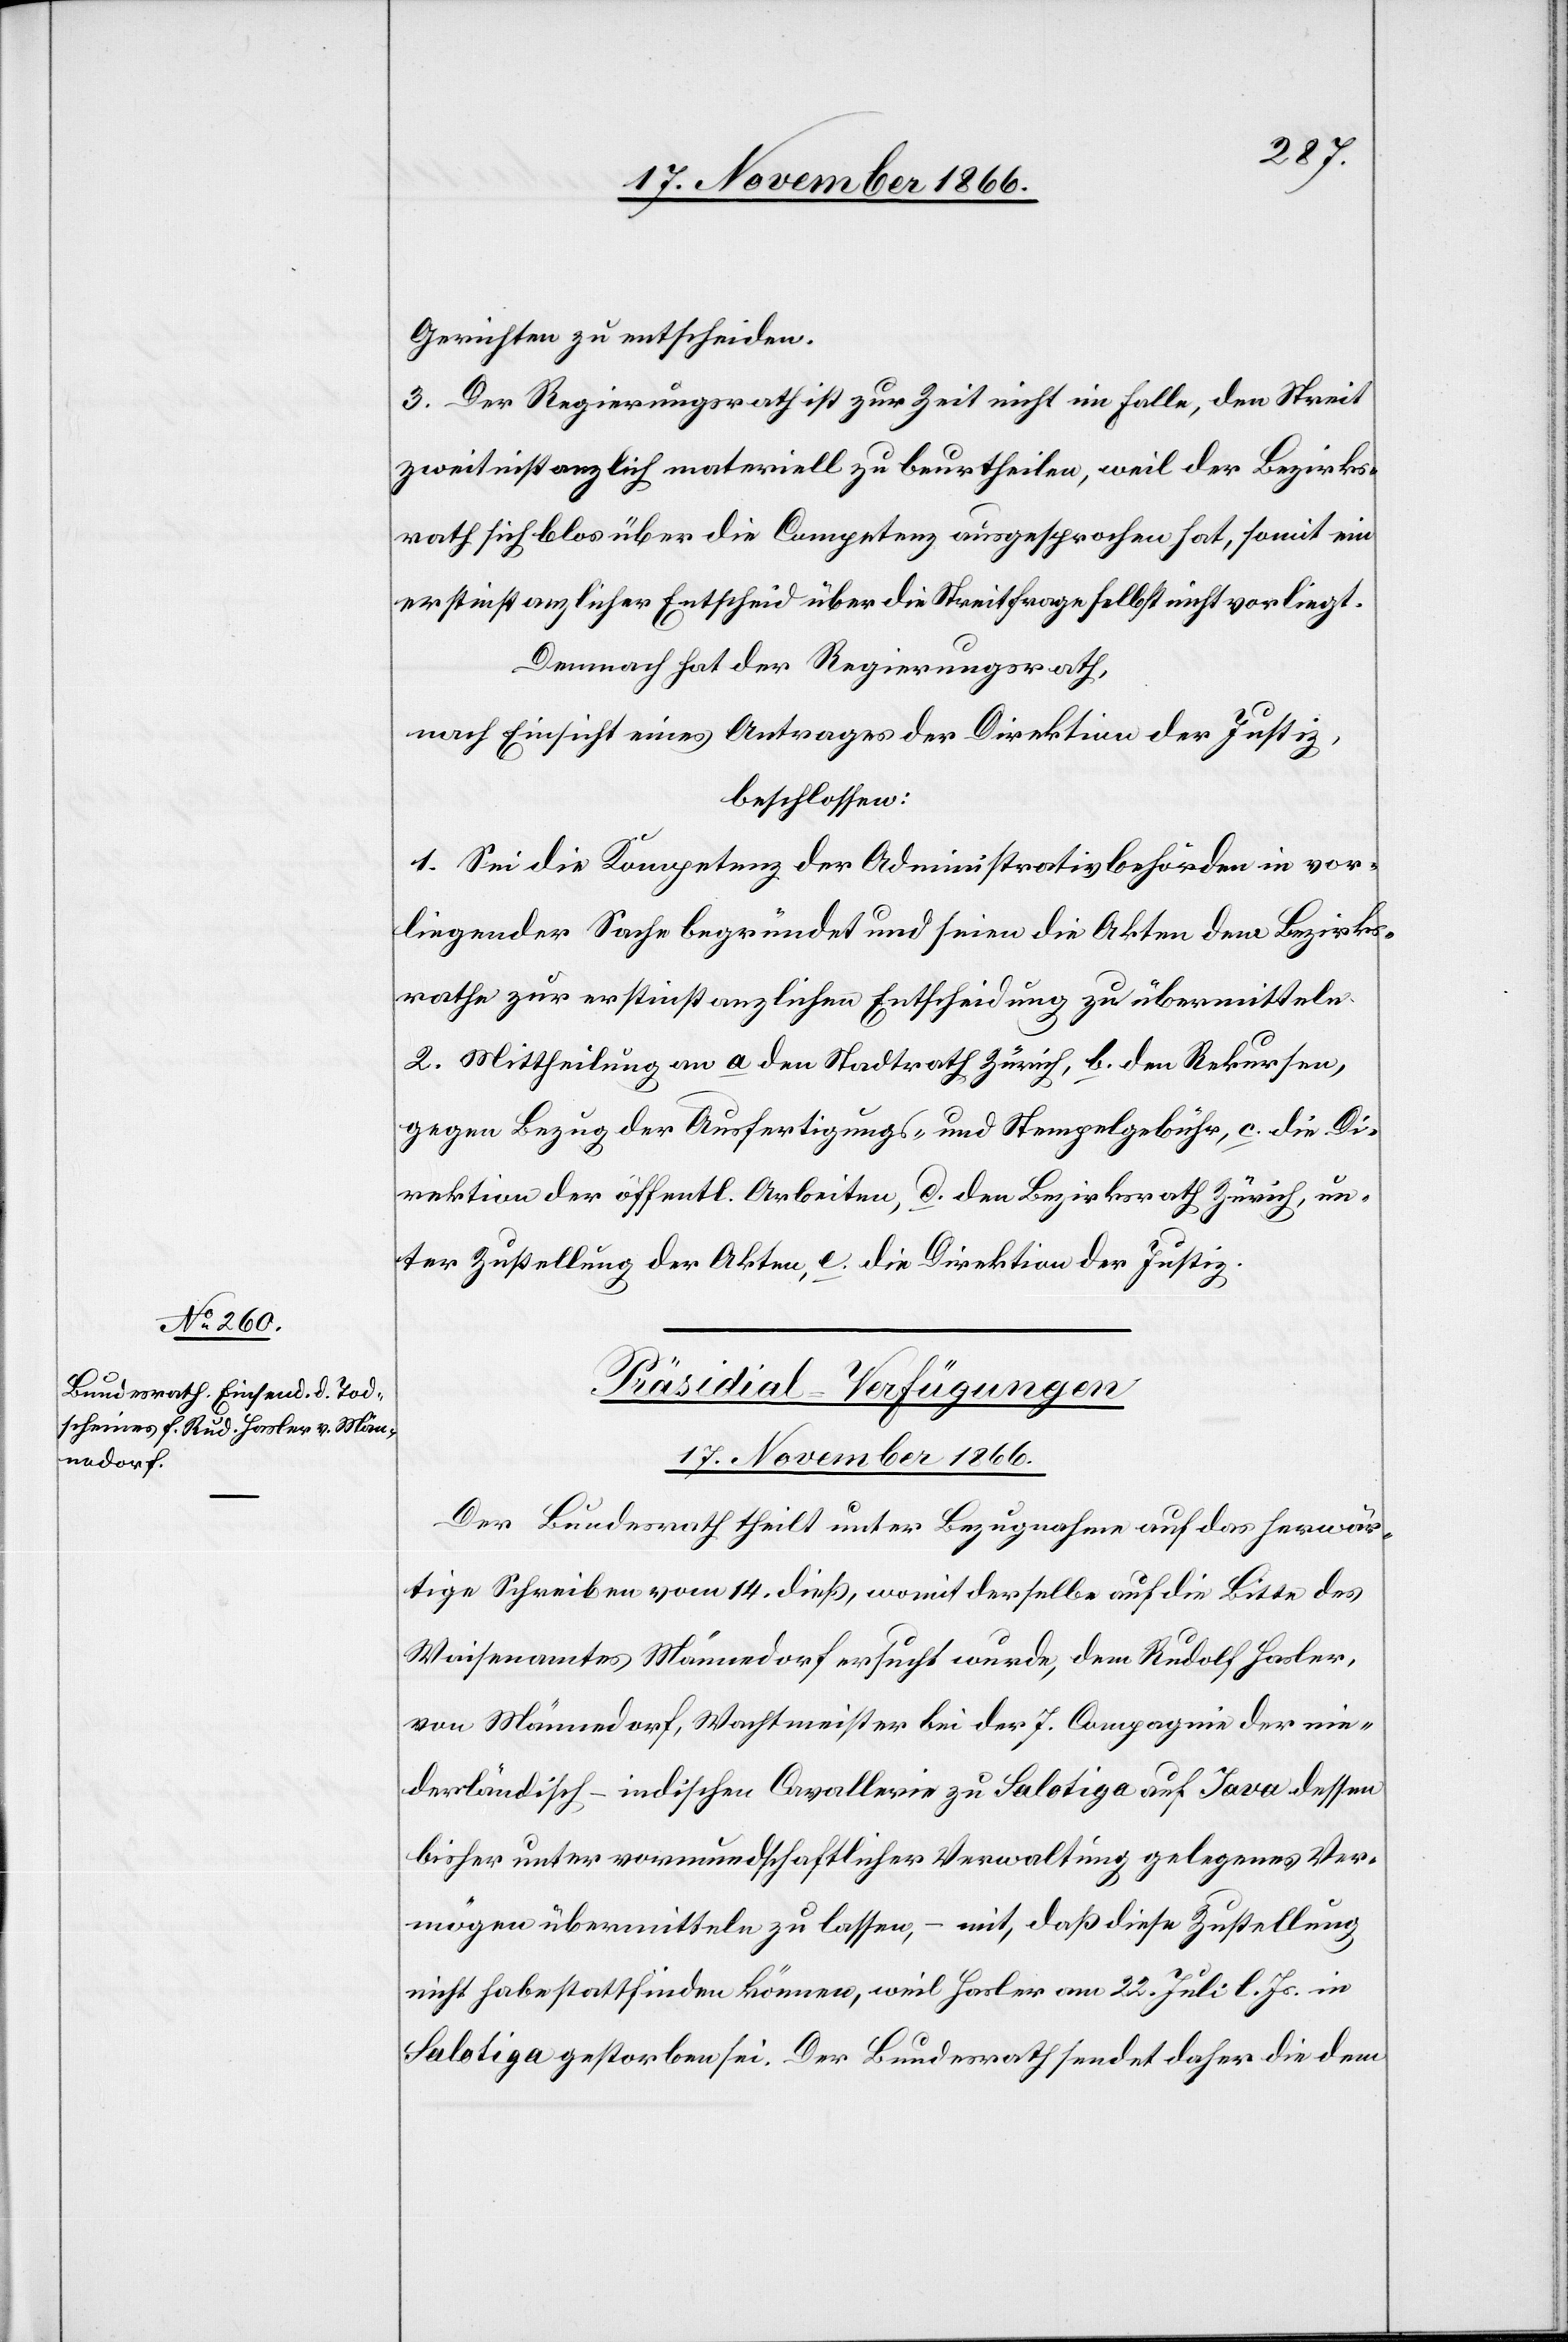
Gerichten zu entscheiden.
3. Der Regierungsrath ist zur Zeit nicht im Falle, den Streit
zweitinstanzlich materiell zu beurtheilen, weil der Bezirks¬
rath sich blos über die Competenz ausgesprochen hat, somit ein
erstinstanzlicher Entscheid über die Streitfrage selbst nicht vorliegt.
Demnach hat der Regierungsrath,
nach Einsicht eines Antrages der Direktion der Justiz,
beschlossen:
1. Sei die Kompetenz der Administrativbehörden in vor¬
liegender Sache begründet und seien die Akten dem Bezirks¬
rathe zur erstinstanzlichen Entscheidung zu übermitteln.
2. Mittheilung an a den Stadtrath Zürich, b. den Rekursen,
gegen Bezug der Ausfertigungs- und Stempelgebühr, c. die Di¬
rektion der öffentl. Arbeiten, d. den Bezirksrath Zürich, un¬
ter Zustellung der Akten, e. die Direktion der Justiz.
Präsidial-Verfügungen.
17. November 1866.
Der Bundesrath theilt unter Bezugnahme auf das herwär¬
tige Schreiben vom 14. dieß, womit derselbe auf die Bitte des
Waisenamtes Männedorf ersucht wurde, dem Rudolf Hasler,
von Männedorf, Wachtmeister bei der 7. Compagnie der nie¬
derländisch-indischen Cavallerie zu Salotiga auf Java dessen
bisher unter vormundschaftlicher Verwaltung gelegenes Ver¬
mögen übermitteln zu lassen, – mit, daß diese Zustellung
nicht habe stattfinden können, weil Hasler am 22. Juli l. Js. in
Salotiga gestorben sei. Der Bundesrath sendet daher die dem